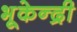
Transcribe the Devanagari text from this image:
भूकेन्द्री